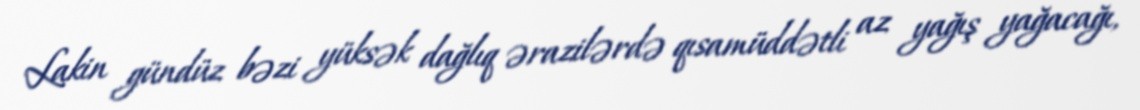
Lakin gündüz bəzi yüksək dağlıq ərazilərdə qısamüddətli az yağış yağacağı,